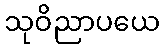
သုဝိညာပယေ